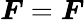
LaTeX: \boldsymbol{F}=\boldsymbol{F}